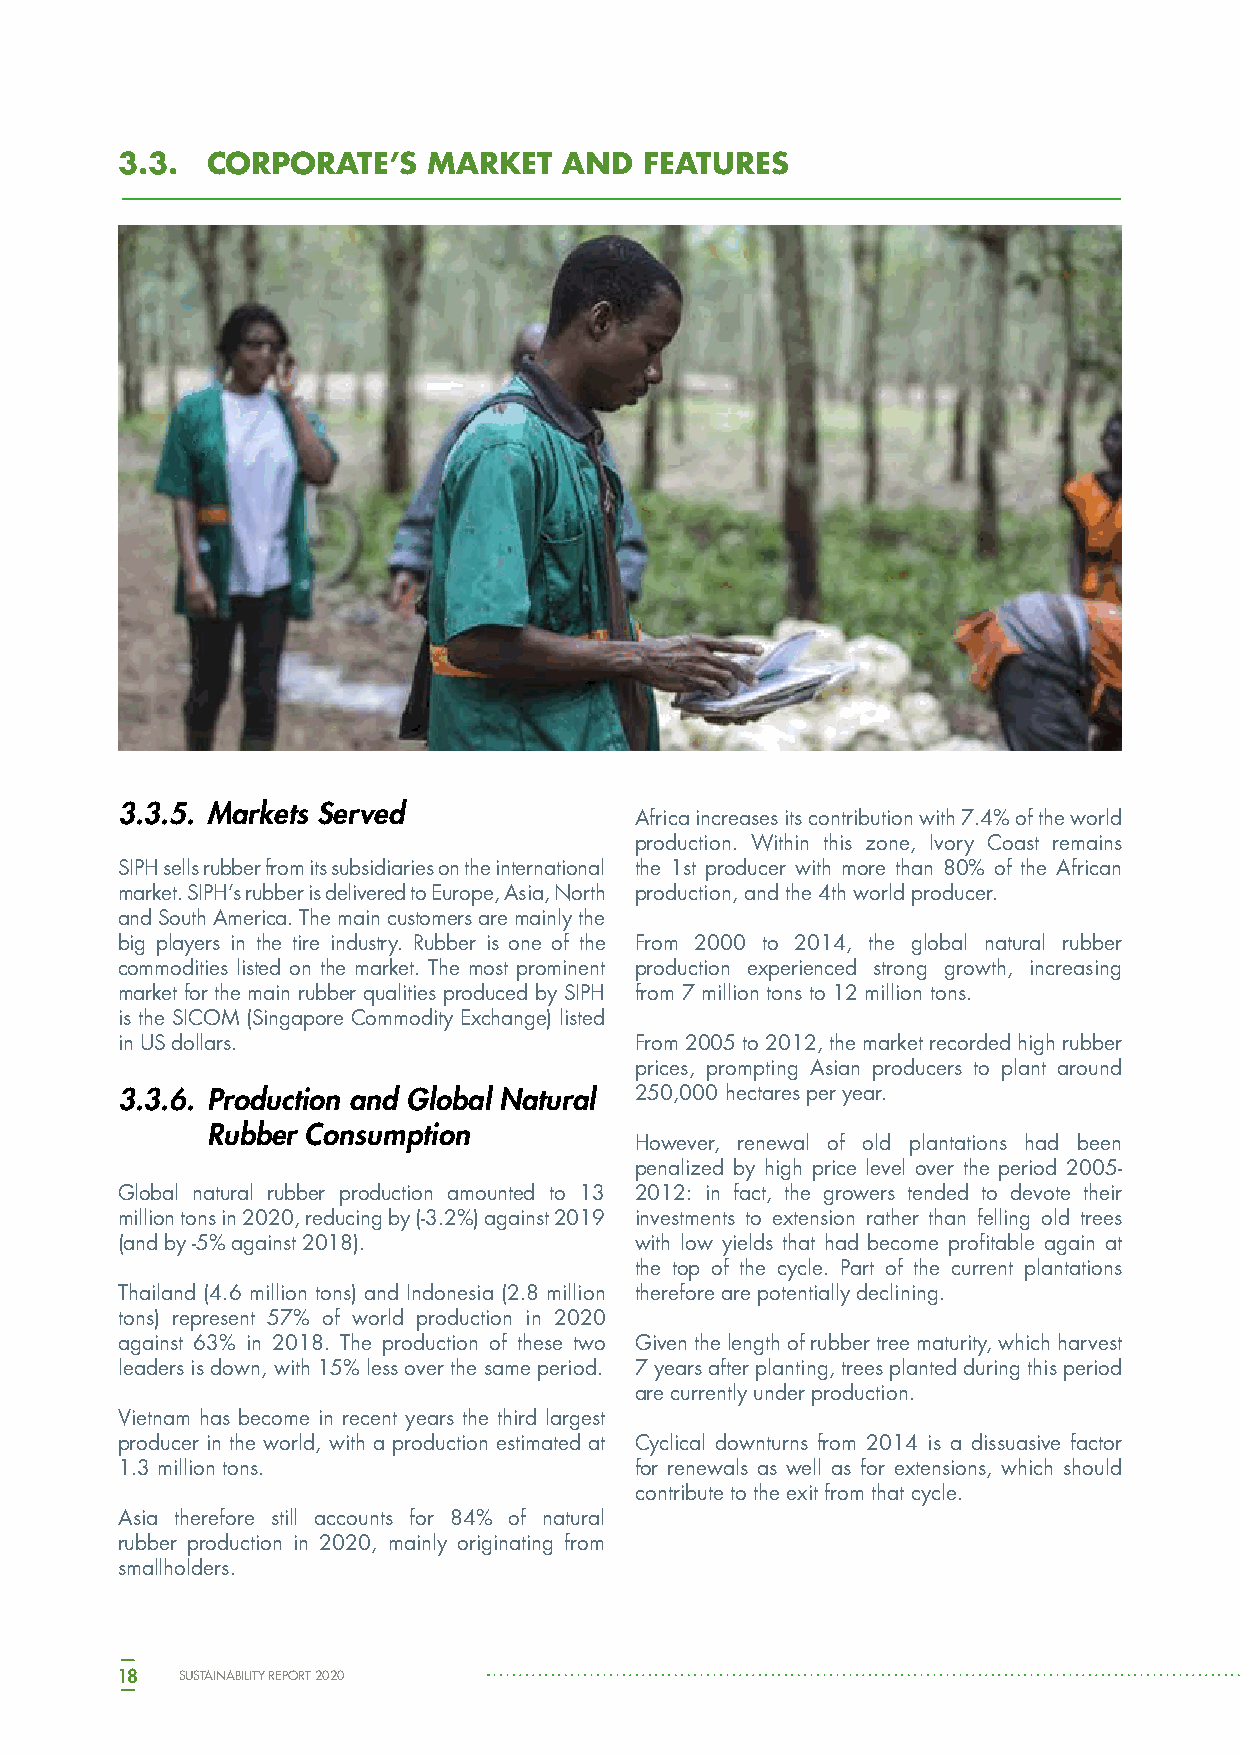
3.3.  CORPORATE’S   MARKET   AND   FEATURES
 3.3.5. Markets Served
 Africa increases its contribution with 7.4% of the world
 production. Within this zone, Ivory Coast remains
 SIPH sells rubber from its subsidiaries on the international the 1st producer with more than 80% of the African
 market. SIPH’s rubber is delivered to Europe, Asia, North production, and the 4th world producer.
 and South America. The main customers are mainly the
 big players in the tire industry. Rubber is one of the From 2000 to 2014, the global natural rubber
 commodities listed on the market. The most prominent production experienced strong growth, increasing
 market for the main rubber qualities produced by SIPH from 7 million tons to 12 million tons.
 is the SICOM (Singapore Commodity Exchange) listed
 in US dollars.                    From 2005 to 2012, the market recorded high rubber
 prices, prompting Asian producers to plant around
 3.3.6. Production and Global Natural 250,000 hectares per year.
 Rubber Consumption
 However, renewal of old plantations had been
 penalized by high price level over the period 2005-
 Global natural rubber production amounted to 13 2012: in fact, the growers tended to devote their
 million tons in 2020, reducing by (-3.2%) against 2019 investments to extension rather than felling old trees
 (and by -5% against 2018).        with low yields that had become profitable again at
 the top of the cycle. Part of the current plantations
 Thailand (4.6 million tons) and Indonesia (2.8 million therefore are potentially declining.
 tons) represent 57% of world production in 2020
 against 63% in 2018. The production of these two Given the length of rubber tree maturity, which harvest
 leaders is down, with 15% less over the same period. 7 years after planting, trees planted during this period
 are currently under production.
 Vietnam has become in recent years the third largest
 producer in the world, with a production estimated at Cyclical downturns from 2014 is a dissuasive factor
 1.3 million tons.                 for renewals as well as for extensions, which should
 contribute to the exit from that cycle.
 Asia therefore still accounts for 84% of natural
 rubber production in 2020, mainly originating from
 smallholders.
 18  SUSTAINABILITY REPORT 2020